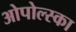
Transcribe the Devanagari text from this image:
ओपोल्स्का